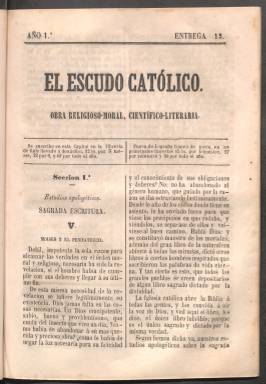
Título: El Escudo católico
Colección: Revistas de información general || Religión
Ámbito geográfico: La Rioja
Lugar de publicación: Logroño
Fechas: 01/01/1857-30/06/1857